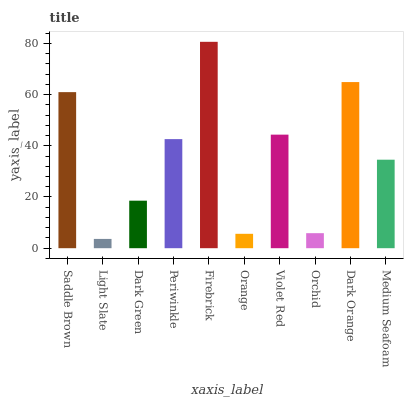
| xaxis_label | bars |
 | --- | --- |
 | Saddle Brown | 60.9 |
 | Light Slate | 3.63 |
 | Dark Green | 18.6 |
 | Periwinkle | 42.6 |
 | Firebrick | 80.6 |
 | Orange | 5.62 |
 | Violet Red | 44.3 |
 | Orchid | 5.87 |
 | Dark Orange | 64.9 |
 | Medium Seafoam | 34.6 |